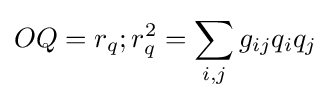
OQ=r_{q};r_{q}^{2}=\sum _{i,j}g_{ij}q_{i}q_{j}